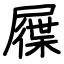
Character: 屧